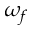
\omega _ { f }